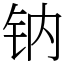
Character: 钠